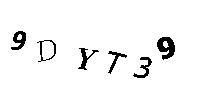
9DYT39